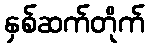
နှစ်ဆက်တိုက်